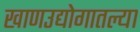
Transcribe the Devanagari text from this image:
खाणउद्योगातल्या